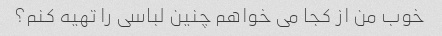
خوب من از کجا می خواهم چنین لباسی را تهیه کنم؟